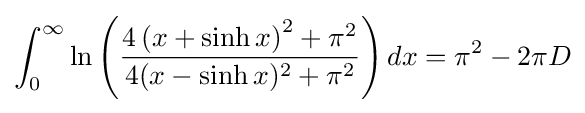
\int _{0}^{\infty }\ln \left({\frac {4\left(x+\sinh x\right)^{2}+\pi ^{2}}{4(x-\sinh x)^{2}+\pi ^{2}}}\right)dx=\pi ^{2}-2\pi D